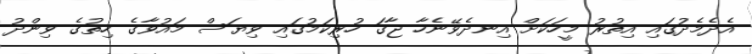
އެދެމެދުގައި އިތުރު މީހަކަށް އިނދެވޭނެހާ ޖާގަ ހުރިކަމުގައި ވިޔަސް މައުވާގެ ހިތުގެ ވިންދު